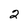
Character: 2